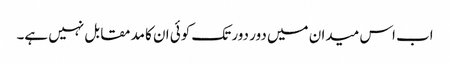
اب اس میدان میں دور دور تک کوئی ان کا مدمقابل نہیں ہے۔